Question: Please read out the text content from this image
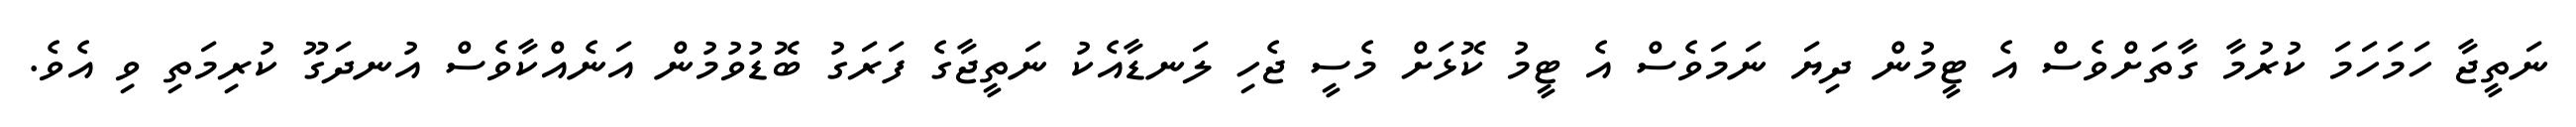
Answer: ނަތީޖާ ހަމަހަމަ ކުރުމާ ގާތަށްވެސް އެ ޓީމުން ދިޔަ ނަމަވެސް އެ ޓީމު ކޮޅަށް މެސީ ޖެހި ލަނޑާއެކު ނަތީޖާގެ ފަރަގު ބޮޑުވުމުން އަނެއްކާވެސް އުނދަގޫ ކުރިމަތި ވި އެވެ.